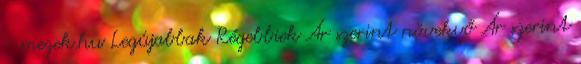
- mezek.hu Legújabbak Régebbiek Ár szerint növekvő Ár szerint